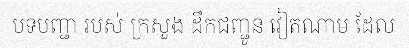
បទបញ្ជា របស់ ក្រសួង ដឹកជញ្ជូន វៀតណាម ដែល